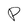
Character: P